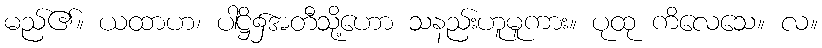
မည်၏။ ယထာဟ၊ ပါဋ္ဌိ၌အတီသို့ဟော သနည်းဟူမူကား။ ပုထု ကိလေသေ။ လ။